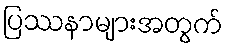
ပြဿနာများအတွက်